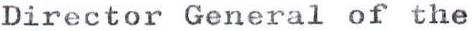
Director General of the